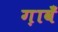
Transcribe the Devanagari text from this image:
ग़ावँ